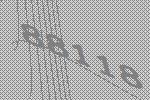
88118